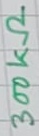
Text: 300kΩ